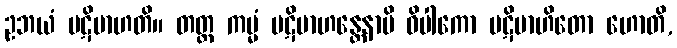
ဥဘယံ ပဋိဗာဟတိ။ တတ္ထ ကမ္မံ ပဋိဗာဟန္တေနာပိ ဝိပါကော ပဋိဗာဟိတော ဟောတိ,